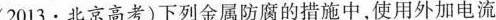
(2013·北京高考)下列金属防腐的措施中，使用外加电流